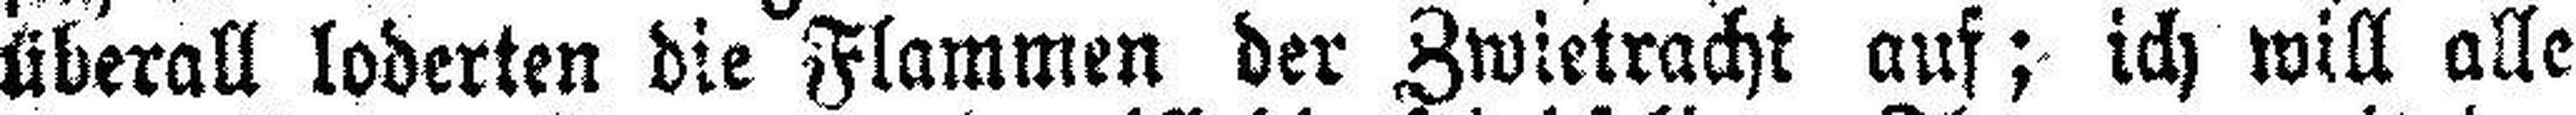
überall loderten die Flammen der Zwietracht auf; ich will alle